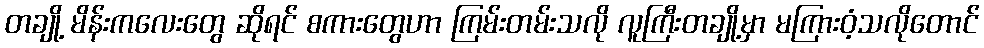
တချို့ မိန်းကလေးတွေ ဆိုရင် စကားတွေဟာ ကြမ်းတမ်းသလို လူကြီးတချို့မှာ မကြားဝံ့သလိုတောင်